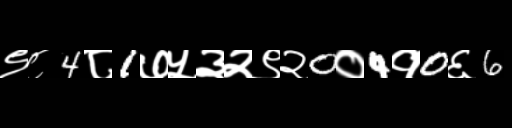
Text: ९८4८1७५३२९२0०4१0६6